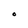
Character: O